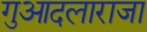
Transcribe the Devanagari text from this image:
गुआदलाराजा